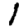
Digit: 1